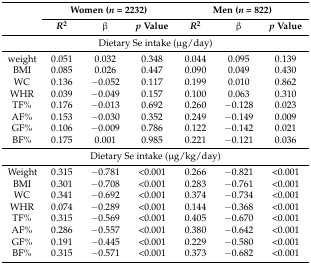
<table><thead><tr><td rowspan="2"></td><td colspan="3"><b>Women (<i>n</i> = 2232)</b></td><td colspan="3"><b>Men (<i>n</i> = 822)</b></td></tr><tr><td><b><i>R</i><sup>2</sup></b></td><td><b>β</b></td><td><b><i>p</i> Value</b></td><td><b><i>R</i><sup>2</sup></b></td><td><b>β</b></td><td><b><i>p</i> Value</b></td></tr></thead><tbody><tr><td colspan="7">Dietary Se intake (μg/day)</td></tr><tr><td>weight</td><td>0.051</td><td>0.032</td><td>0.348</td><td>0.044</td><td>0.095</td><td>0.139</td></tr><tr><td>BMI</td><td>0.085</td><td>0.026</td><td>0.447</td><td>0.090</td><td>0.049</td><td>0.430</td></tr><tr><td>WC</td><td>0.136</td><td>−0.052</td><td>0.117</td><td>0.199</td><td>0.010</td><td>0.862</td></tr><tr><td>WHR</td><td>0.039</td><td>−0.049</td><td>0.157</td><td>0.100</td><td>0.063</td><td>0.310</td></tr><tr><td>TF%</td><td>0.176</td><td>−0.013</td><td>0.692</td><td>0.260</td><td>−0.128</td><td>0.023</td></tr><tr><td>AF%</td><td>0.153</td><td>−0.030</td><td>0.352</td><td>0.249</td><td>−0.149</td><td>0.009</td></tr><tr><td>GF%</td><td>0.106</td><td>−0.009</td><td>0.786</td><td>0.122</td><td>−0.142</td><td>0.021</td></tr><tr><td>BF%</td><td>0.175</td><td>0.001</td><td>0.985</td><td>0.221</td><td>−0.121</td><td>0.036</td></tr><tr><td colspan="7">Dietary Se intake (μg/kg/day)</td></tr><tr><td>Weight</td><td>0.315</td><td>−0.781</td><td>&lt;0.001</td><td>0.266</td><td>−0.821</td><td>&lt;0.001</td></tr><tr><td>BMI</td><td>0.301</td><td>−0.708</td><td>&lt;0.001</td><td>0.283</td><td>−0.761</td><td>&lt;0.001</td></tr><tr><td>WC</td><td>0.341</td><td>−0.692</td><td>&lt;0.001</td><td>0.374</td><td>−0.734</td><td>&lt;0.001</td></tr><tr><td>WHR</td><td>0.074</td><td>−0.289</td><td>&lt;0.001</td><td>0.144</td><td>−0.368</td><td>&lt;0.001</td></tr><tr><td>TF%</td><td>0.315</td><td>−0.569</td><td>&lt;0.001</td><td>0.405</td><td>−0.670</td><td>&lt;0.001</td></tr><tr><td>AF%</td><td>0.286</td><td>−0.557</td><td>&lt;0.001</td><td>0.380</td><td>−0.642</td><td>&lt;0.001</td></tr><tr><td>GF%</td><td>0.191</td><td>−0.445</td><td>&lt;0.001</td><td>0.229</td><td>−0.580</td><td>&lt;0.001</td></tr><tr><td>BF%</td><td>0.315</td><td>−0.571</td><td>&lt;0.001</td><td>0.373</td><td>−0.682</td><td>&lt;0.001</td></tr></tbody></table>